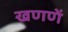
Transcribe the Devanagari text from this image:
खणणें